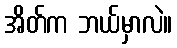
အိတ်က ဘယ်မှာလဲ။